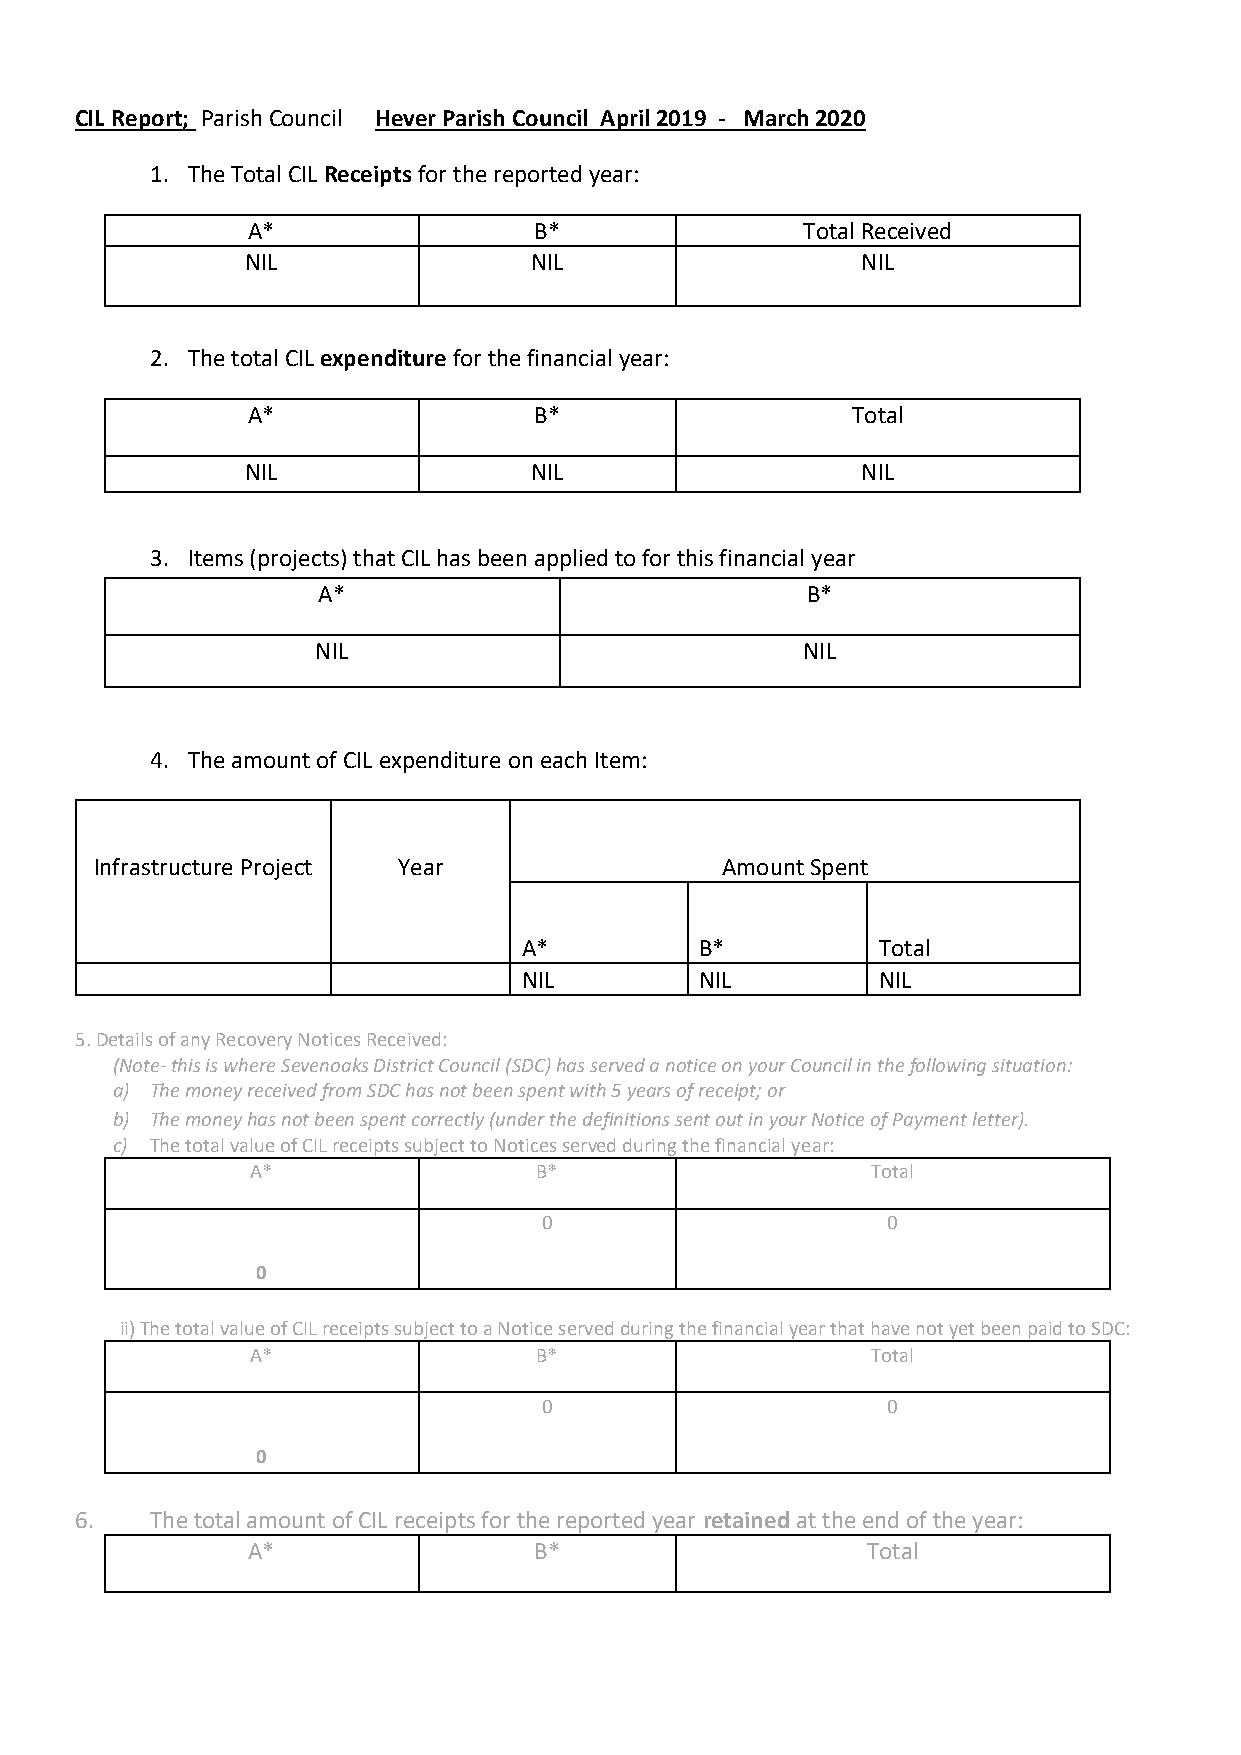
CIL Report; Parish Council Hever Parish Council April 2019 - March 2020
 1. The Total CIL Receipts for the reported year:
 A*                 B*                Total Received
 NIL                NIL                   NIL
 2. The total CIL expenditure for the financial year:
 A*                 B*                   Total
 NIL                NIL                   NIL
 3. Items (projects) that CIL has been applied to for this financial year
 A*                              B*
 NIL                             NIL
 4. The amount of CIL expenditure on each Item:
 Infrastructure Project Year               Amount Spent
 A*         B*          Total
 NIL        NIL         NIL
 5. Details of any Recovery Notices Received:
 (Note- this is where Sevenoaks District Council (SDC) has served a notice on your Council in the following situation:
 a) The money received from SDC has not been spent with 5 years of receipt; or
 b) The money has not been spent correctly (under the definitions sent out in your Notice of Payment letter).
 c) The total value of CIL receipts subject to Notices served during the financial year:
 A*                B*                     Total
 0                      0
 0
 ii) The total value of CIL receipts subject to a Notice served during the financial year that have not yet been paid to SDC:
 A*                B*                     Total
 0                      0
 0
 6.   The total amount of CIL receipts for the reported year retained at the end of the year:
 A*                 B*                    Total